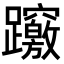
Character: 𨇶